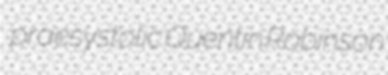
praesystolic Quentin Robinson